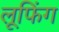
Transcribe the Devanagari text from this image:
लूफिंग